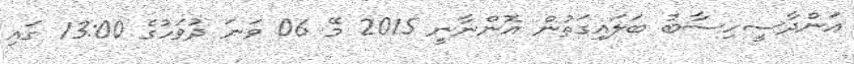
އަންދާސީހިސާބު ބަލައިގަތުން އޮންނާނީ 2015 މޭ 06 ވަނަ ދުވަހުގެ 13:00 ގައި